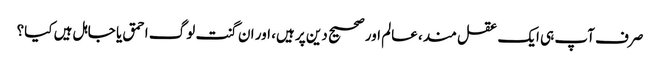
صرف آپ ہی ایک عقل مند، عالم اور صحیح دین پر ہیں، اور ان گنت لوگ احمق یا جاہل ہیں کیا؟